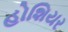
હોશિયર